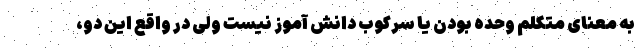
به معنای متکلم وحده بودن یا سرکوب دانش آموز نیست ولی در واقع این دو،